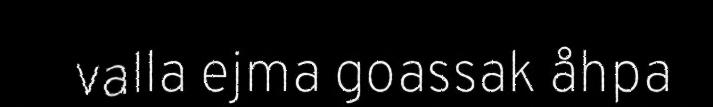
valla ejma goassak åhpa